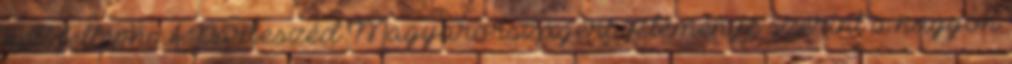
kell fellépni A Párbeszéd Magyarországért véleménye szerint a nagyon